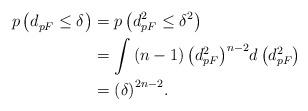
LaTeX: \begin{align*}p\left( {d_{pF}^{} \leq {\delta ^{}}} \right) & = p\left( {d_{pF}^2 \leq {\delta ^2}} \right) \\& = \int {\left( {n - 1} \right){{\left( {d_{pF}^2} \right)}^{n - 2}}d\left( {d_{pF}^2} \right)} \\& = {\left( \delta \right)^{2n - 2}}.\end{align*}